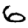
Digit: 6